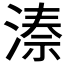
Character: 𬈙